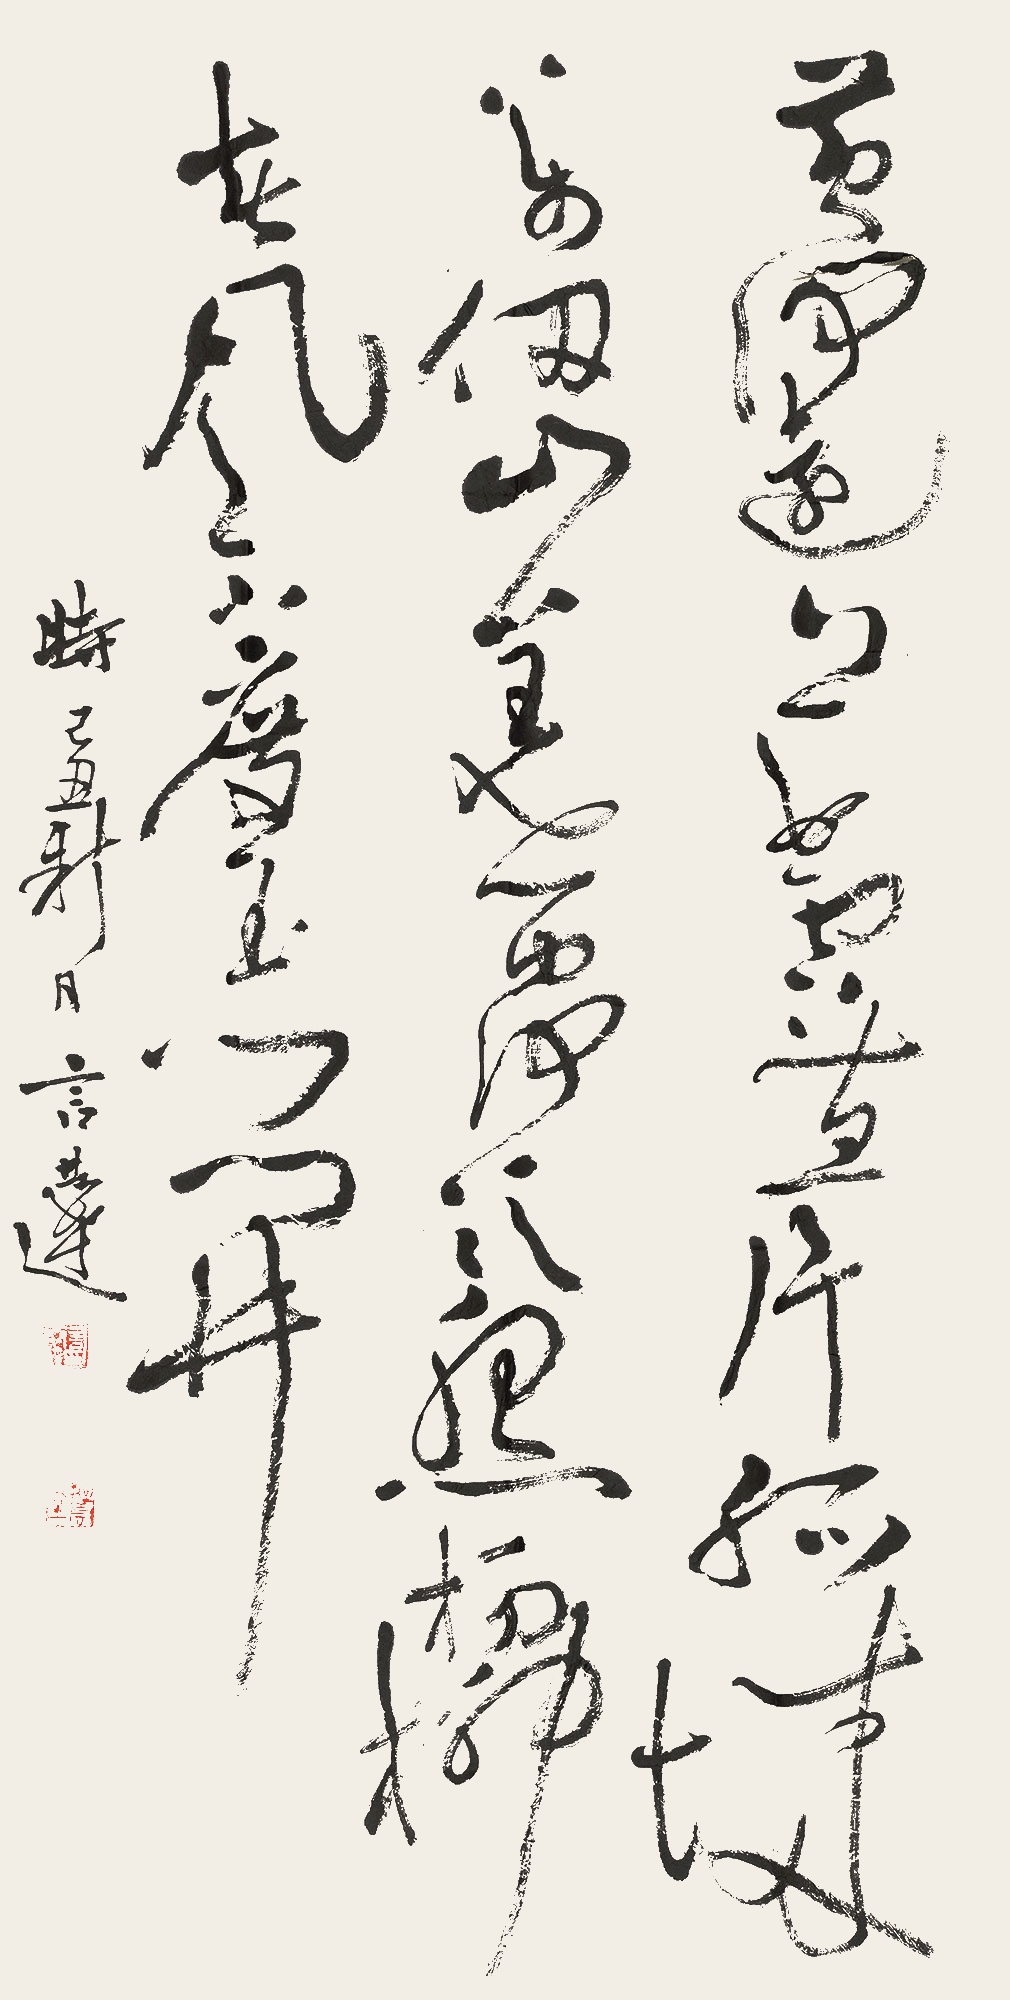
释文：黄河远上白云间，一片孤城万仞山。羌笛何须怨杨柳，春风不度玉门关。时己丑秋月，言恭达。